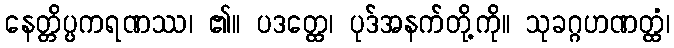
နေတ္တိပ္ပကရဏဿ၊ ၏။ ပဒတ္ထေ၊ ပုဒ်အနက်တို့ကို။ သုခဂ္ဂဟဏတ္ထံ၊